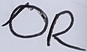
Text: OR